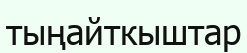
тыңайткыштар